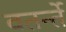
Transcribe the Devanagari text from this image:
वतर्न्ते